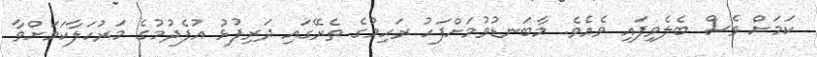
ކަމަށް ވެސް ބެލެވިފައި ވެއެވެ. މާބަނޑުވުމަށްފަހު ރަހިމުގެ ތެރޭގައި ދަރިފުޅު އުފެދުމުގެ މަރުހަލާކަމަށްވާ